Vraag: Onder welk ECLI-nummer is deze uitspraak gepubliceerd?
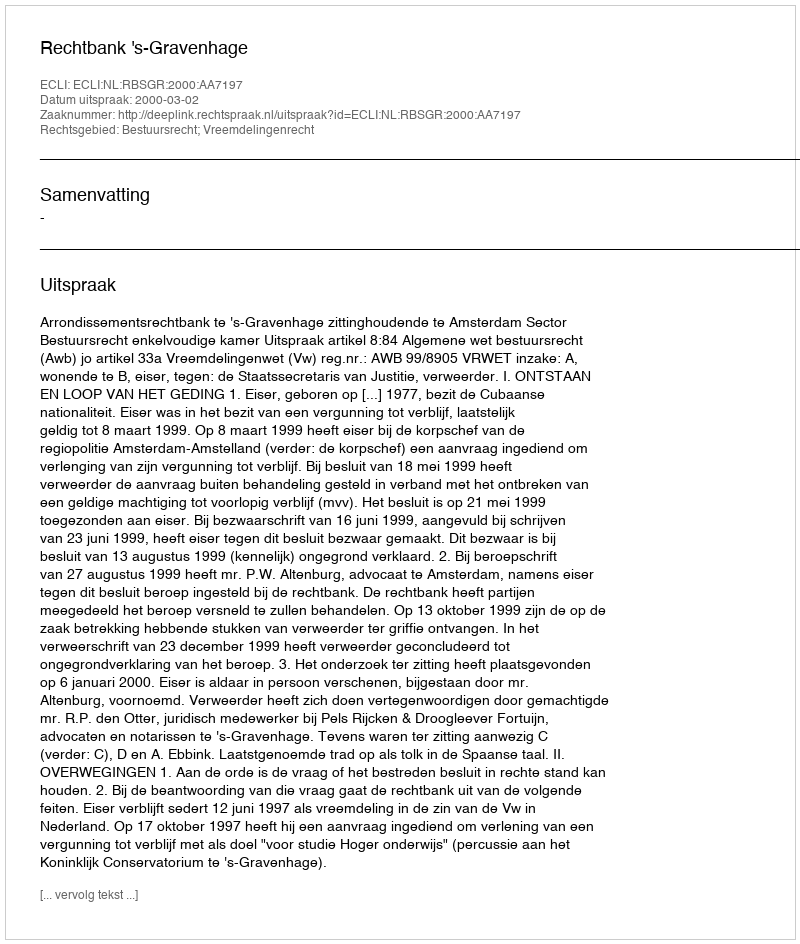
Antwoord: ECLI:NL:RBSGR:2000:AA7197